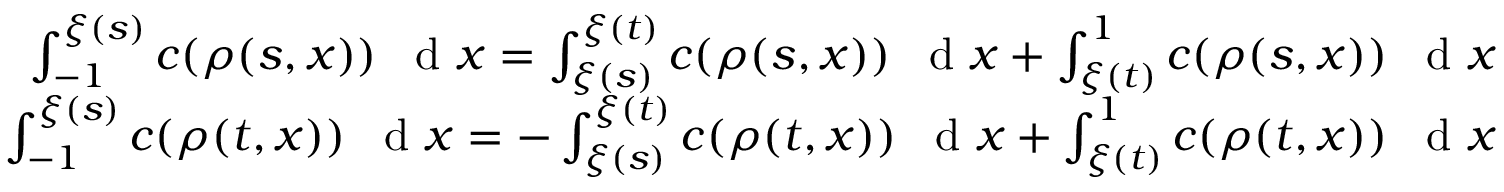
\begin{array} { r } { \int _ { - 1 } ^ { \xi ( s ) } c ( \rho ( s , x ) ) \textrm { \, d } x = \int _ { \xi ( s ) } ^ { \xi ( t ) } c ( \rho ( s , x ) ) \textrm { \, d } x + \int _ { \xi ( t ) } ^ { 1 } c ( \rho ( s , x ) ) \textrm { \, d } x } \\ { \int _ { - 1 } ^ { \xi ( s ) } c ( \rho ( t , x ) ) \textrm { \, d } x = - \int _ { \xi ( s ) } ^ { \xi ( t ) } c ( \rho ( t , x ) ) \textrm { \, d } x + \int _ { \xi ( t ) } ^ { 1 } c ( \rho ( t , x ) ) \textrm { \, d } x } \end{array}